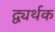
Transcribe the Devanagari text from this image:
द्व्यर्थक